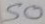
50